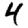
Digit: 4